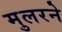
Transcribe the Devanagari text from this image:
मुलरने